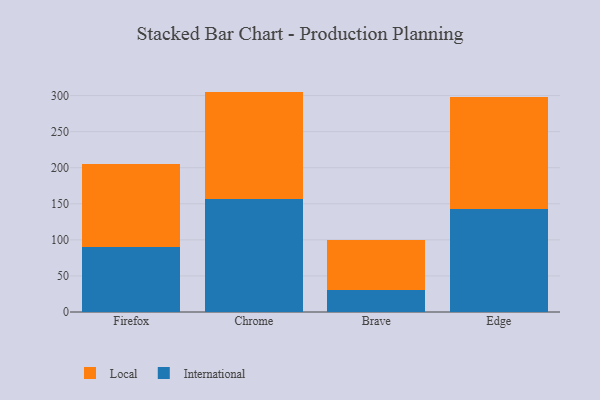
{"axis": {"x": "Browser", "y": "Website Visitors"}, "legend": ["International", "Local"], "data": [{"x": "Firefox", "y": 90.6, "type": "International"}, {"x": "Firefox", "y": 114.8, "type": "Local"}, {"x": "Chrome", "y": 157.0, "type": "International"}, {"x": "Chrome", "y": 148.5, "type": "Local"}, {"x": "Brave", "y": 30.7, "type": "International"}, {"x": "Brave", "y": 68.7, "type": "Local"}, {"x": "Edge", "y": 142.7, "type": "International"}, {"x": "Edge", "y": 154.8, "type": "Local"}]}